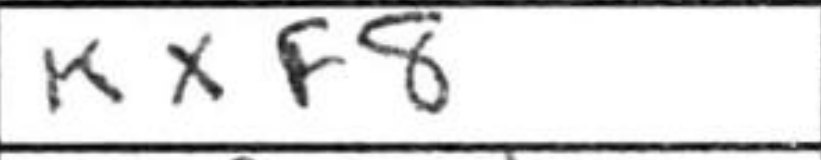
Transcription: Kxf8